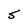
Character: S